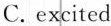
C.excited